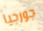
جورجيا